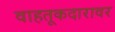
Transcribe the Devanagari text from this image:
वाहतूकदारावर